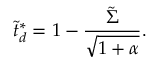
\tilde { t } _ { d } ^ { * } = 1 - \frac { \tilde { \Sigma } } { \sqrt { 1 + \alpha } } .